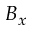
B _ { x }